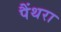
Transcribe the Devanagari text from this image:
पैंथरा